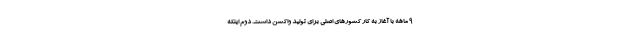
۹ ماهه با آغاز به کار کشورهای اصلی برای تولید واکسن داشت. دوم اینکه